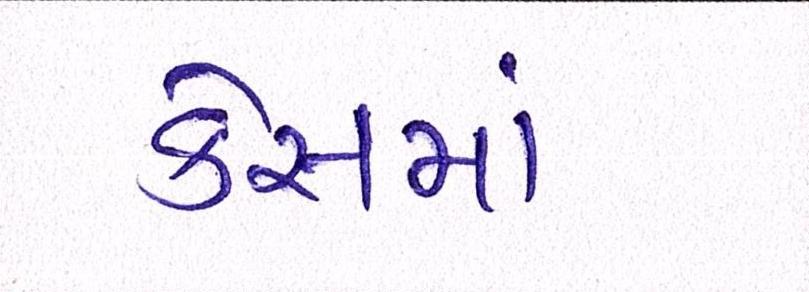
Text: કેસમાં